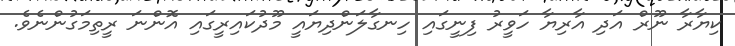
ކިޔާރާ ނޫރް އަދި އާރިޔާ ހަވީރު ފިނީގައި ހިނގާލަންދިޔައީ މޫދުކައިރީގައި އޮންނަ ރީތިމަގުންނެވެ.